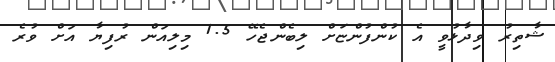
ޝާތިރު ވިދާޅުވީ އެ ކުންފުންޏަށް ލިބެންޖެހޭ 1.5 މިލިއަން ރުފިޔާ އަށް ވުރެ